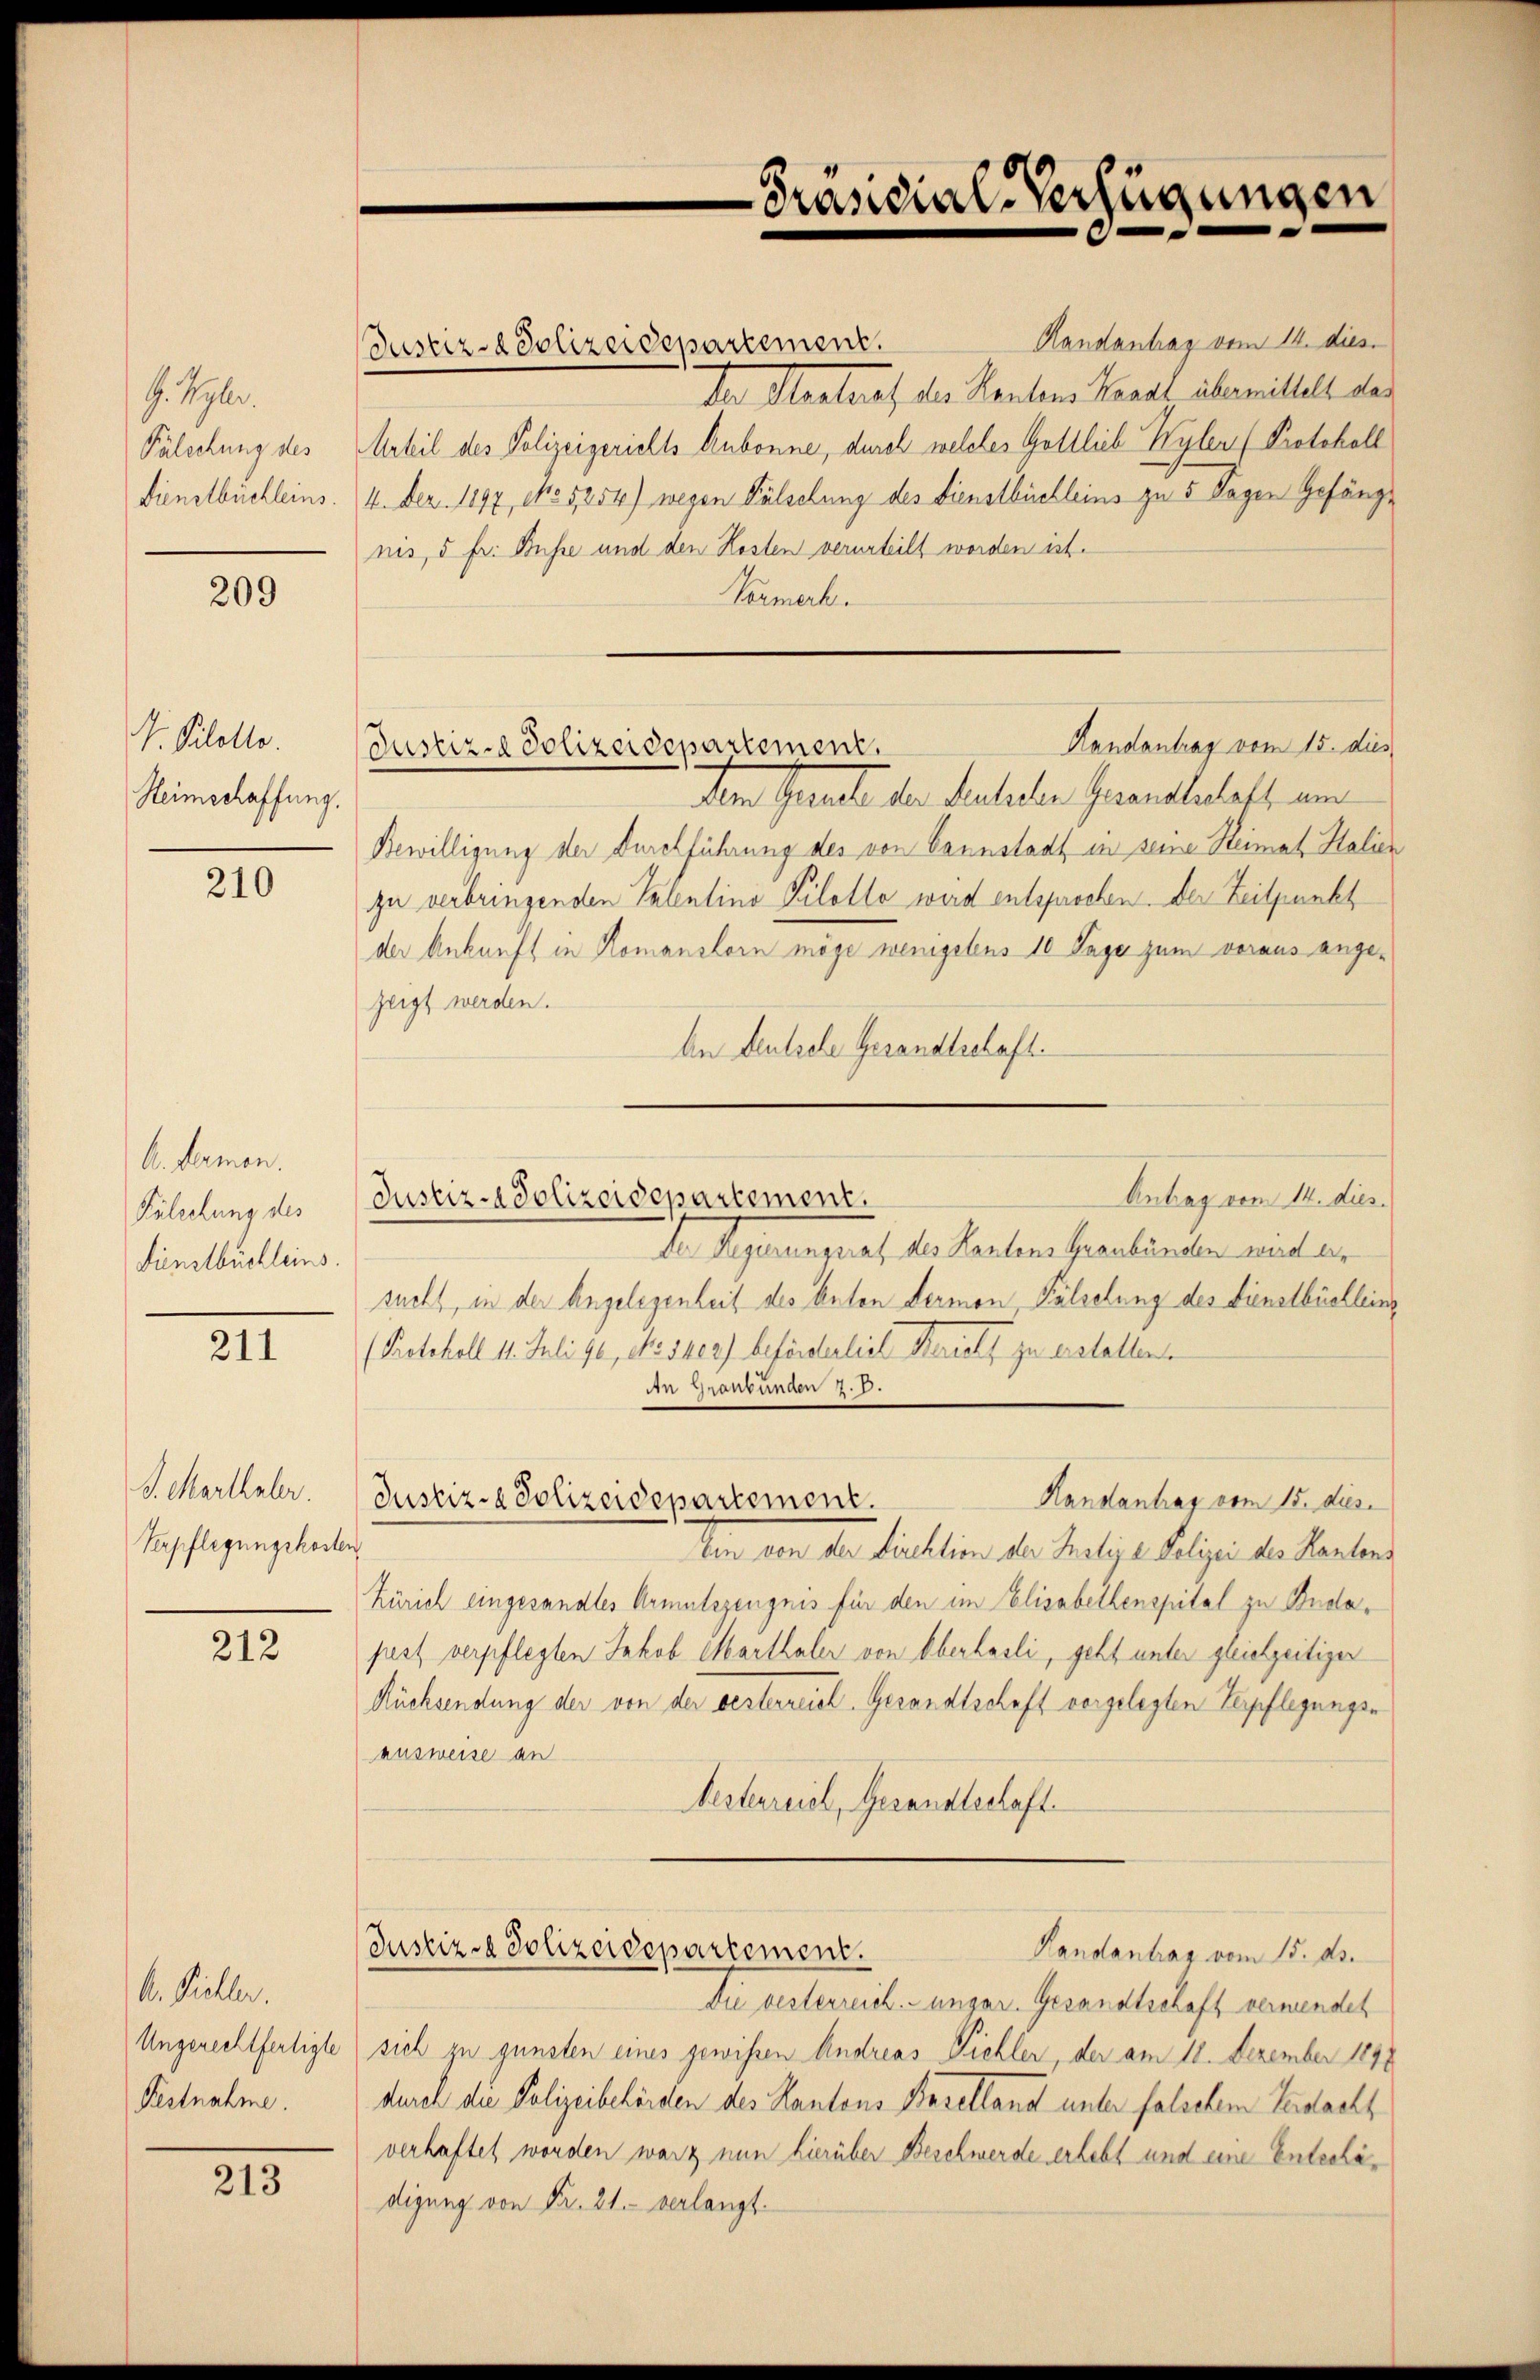
G. Sayler.
Pälechung des
Dienstbüchleins.

209

V. Pilotto.
Heimschaffung.

210

A. Hermen.
Fälschung des
Fündtbüchleins.

211

S. Marthaler.
Verpflegungskosten,

212

A. Pichler.
Ungerechtfertigte
Festnahme.

213

Handantrag vom 14. dies
Justiz-Polizeidepartement.
Der Restraf der Kantons Kanal übermittelt das
Urteil des Polizeigerichts Aubonne, durch welches Gottlieb Wyler (Protokoll
4. Dez. 1897, No 5254) wegen Fälschung des Dienstbüchleins zu 5 Tagen Gefängnis, 5 fr. Busse und den Kosten verurteilt worden ist.
Vormerk.
Handantrag vom 15. dies
Dem Garte der Schaden Gantbehaft, am
Bewilligung der Durchführung des von Bannstadt in seine Heimat Italien
zu verbringenden Talentino Pilotlo wird entsprochen. Der Zeitpunkt
der Ankunft in Romanshorn möge wenigstens 10 Tage zum voraus angezeigt werden.
An Deutsche Gesandtschaft.
Antrag vom 14. dies
de Aegerungsrat des Kantonsfraubünden und der
sucht, in der Angelegenheit des Anton Lermon, Pilselung des Dienstbüellein
(Protokoll 11. Juli 90, No 1402) beförderlich Marieli zu erstellen.
An Gronbünden z. B.
Handantrag vom 15. dies
Justiz- & Polizeidepartement.
ten von den tüchtion der Relige Polizei der Kantons
Zürich eingesandtes Armutszeugnis für den im Elisabellenspital zu Budapest verpflegten Jakob Marthaler von Oberhasli, geht unter gleichzeitiger
Rücksendung der von der besterreich. Gesandtschaft vorgelegten Verpflegungsr
ausweise an
Oesterreich, Gesandtschaft
Justiz - Polizeidepartement.
Handantrag vom 15. ds.
Die gesterreich ungar. Gesandtschaft vermendet
sich zu gunsten eines gewissen Andreas Pichler, der am 18. Dezember 1890
durch die Polizeibehörden des Kantons Baselland unter falschem Gedacht
verhaftet worden war nun hierüber Beschwerde erlebt und eine Enterlädigung von Fr. 21. verlangt.

Justiz-Polizeidepartement,

Justiz-Polizeidepartement.

Präsidial-Verfügungen